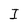
Character: I